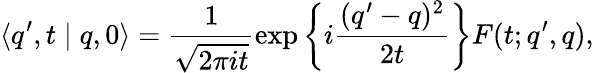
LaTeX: \langle q^{\prime},t\mid q,0\rangle=\frac{1}{\sqrt{2\pi it}}\exp\left\{ i\frac{(q^{\prime}-q)^{2}}{2t}\right\} F(t;q^{\prime},q),